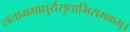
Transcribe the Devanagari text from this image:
ललाममाधुर्यसुधाभिरामकम्।